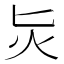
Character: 𭴁